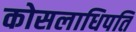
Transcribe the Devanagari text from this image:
कोसलाधिपति